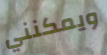
ويمكنني